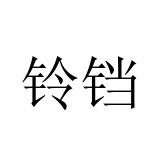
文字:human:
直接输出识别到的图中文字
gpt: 铃铛